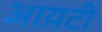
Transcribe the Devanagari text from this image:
आय़टी